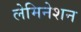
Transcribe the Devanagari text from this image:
लेमिनेशन